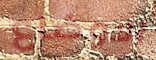
الاوضاع